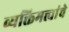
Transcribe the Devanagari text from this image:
व्यक्तिमत्त्वांचे